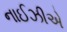
નાઈઝીએ